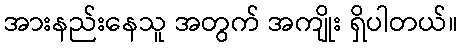
အားနည်းနေသူ အတွက် အကျိုး ရှိပါတယ်။